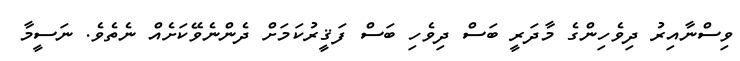
ވިސްނާއިރު ދިވެހިންގެ މާދަރީ ބަސް ދިވެހި ބަސް ފަޤީރުކަމަށް ދެންނެވޭކަށެއް ނެތެވެ. ނަސީމާ